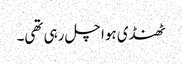
ٹھنڈی ہوا چل رہی تھی۔